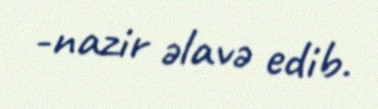
-nazir əlavə edib.